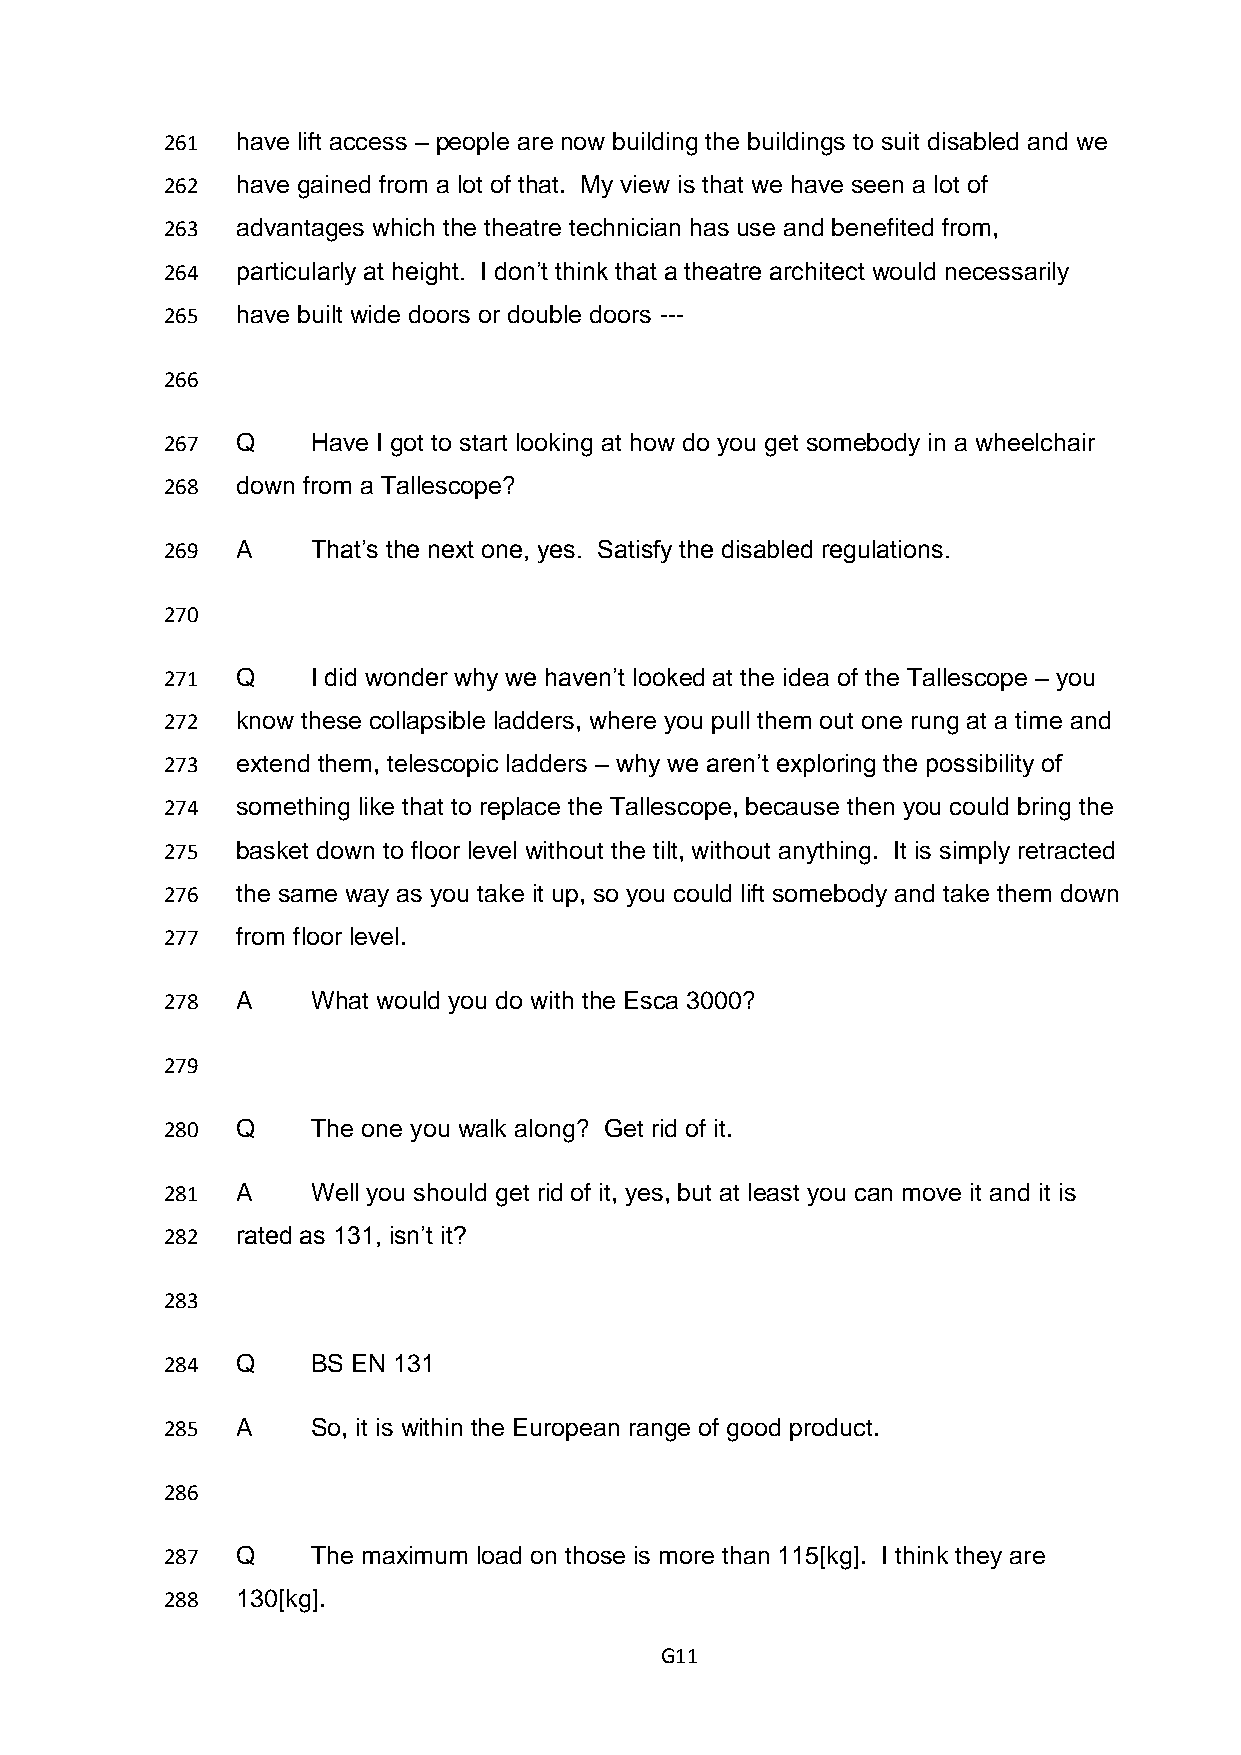
261  have lift access – people are now building the buildings to suit disabled and we
 262  have gained from a lot of that. My view is that we have seen a lot of
 263  advantages which the theatre technician has use and benefited from,
 264  particularly at height. I don’t think that a theatre architect would necessarily
 265  have built wide doors or double doors ---
 266
 267  Q    Have I got to start looking at how do you get somebody in a wheelchair
 268  down from a Tallescope?
 269  A    That’s the next one, yes. Satisfy the disabled regulations.
 270
 271  Q    I did wonder why we haven’t looked at the idea of the Tallescope – you
 272  know these collapsible ladders, where you pull them out one rung at a time and
 273  extend them, telescopic ladders – why we aren’t exploring the possibility of
 274  something like that to replace the Tallescope, because then you could bring the
 275  basket down to floor level without the tilt, without anything. It is simply retracted
 276  the same way as you take it up, so you could lift somebody and take them down
 277  from floor level.
 278  A    What would you do with the Esca 3000?
 279
 280  Q    The one you walk along? Get rid of it.
 281  A    Well you should get rid of it, yes, but at least you can move it and it is
 282  rated as 131, isn’t it?
 283
 284  Q    BS EN 131
 285  A    So, it is within the European range of good product.
 286
 287  Q    The maximum load on those is more than 115[kg]. I think they are
 288  130[kg].
 G11